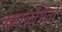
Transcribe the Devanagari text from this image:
कातळभिंती